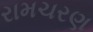
રામચરણ